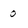
Character: o